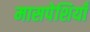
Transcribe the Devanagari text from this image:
मासपेशियाँ